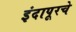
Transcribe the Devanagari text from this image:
इंदापूरचे